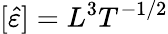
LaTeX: [\hat{\varepsilon}]=L^{3}T^{-1/2}